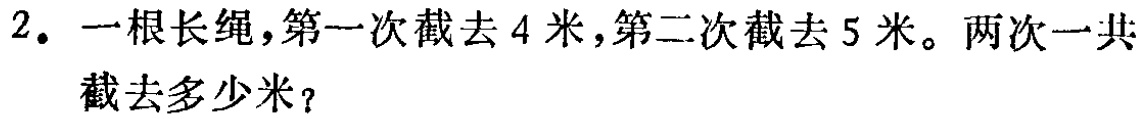
2. 一根长绳，第一次截去 4 米，第二次截去 5 米。两次一共截去多少米？